Scottish Leaving Certificate Examination, 1959
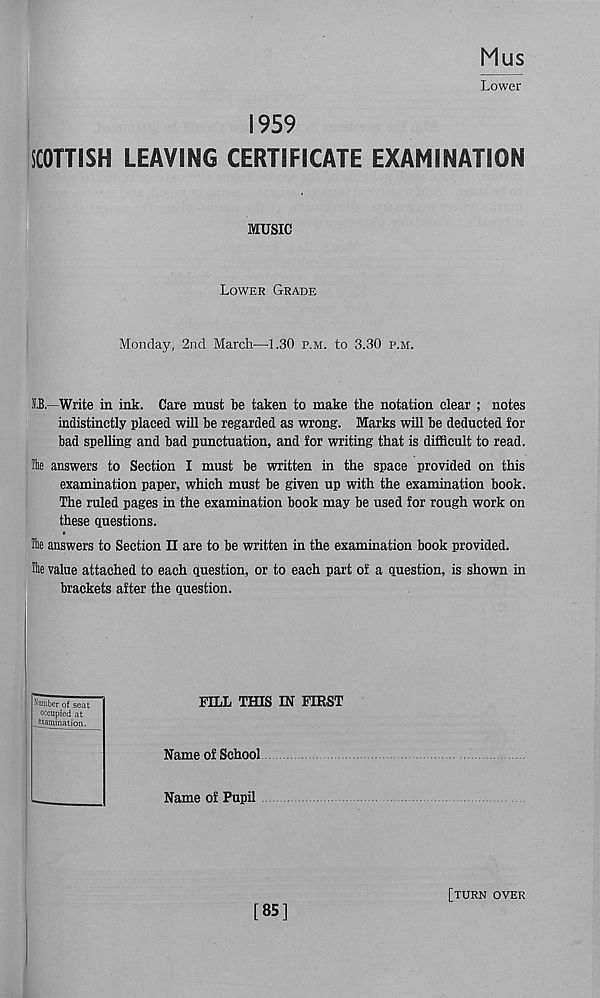
Lower
1959
SCOTTISH LEAVING CERTIFICATE EXAMINATION
MUSIC
Lower Grade
Monday, 2nd March—-1.30 p.m. to 3.30 p.m.
N.B.—Write in ink. Care must be taken to make the notation clear ; notes
indistinctly placed will be regarded as wrong. Marks will be deducted for
bad spelling and bad punctuation, and for writing that is difficult to read.
The answers to Section I must be written in the space provided on this
examination paper, which must be given up with the examination book.
The ruled pages in the examination book may be used for rough work on
these questions.
The answers to Section II are to be written in the examination book provided.
He value attached to each question, or to each part of a question, is shown in
brackets after the question.
FILL TfflS IN FIRST
Name of School
Name of Pupil
Number of seat
occupied at
examination.
[85]
[turn over